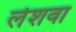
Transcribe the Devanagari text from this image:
लेशवा